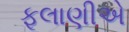
ફૂલાણીએ